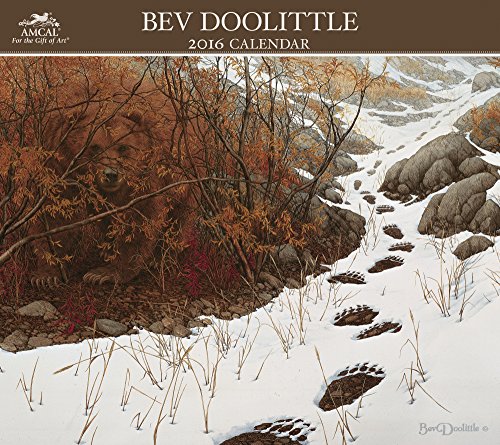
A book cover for Bev Doolittle<br><br> Wall Calendar (2016); AMCAL; Calendars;